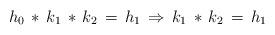
LaTeX: \begin{align*}h_0\,*\, k_1\, *\, k_2\, =\, h_1 \, \Rightarrow \, k_1\, *\, k_2\, =\, h_1\end{align*}